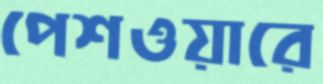
পেশওয়ারে